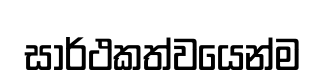
සාර්ථකත්වයෙන්ම